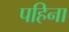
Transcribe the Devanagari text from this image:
पहिना